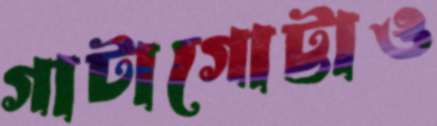
গাটাগোট্টাও